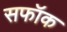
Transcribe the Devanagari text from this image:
सफॉक